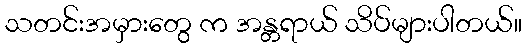
သတင်းအမှားတွေ က အန္တရာယ် သိပ်များပါတယ်။